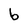
Character: b